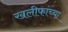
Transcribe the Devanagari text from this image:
खलीफांच्या